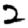
Digit: 2